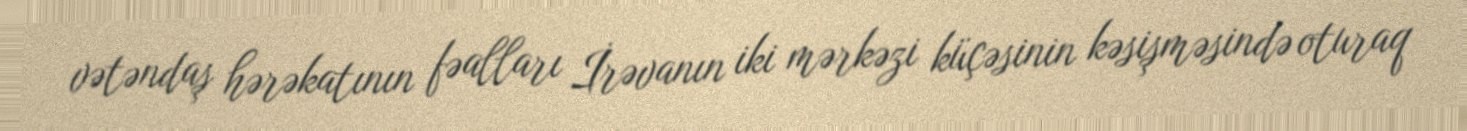
vətəndaş hərəkatının fəalları İrəvanın iki mərkəzi küçəsinin kəsişməsində oturaq